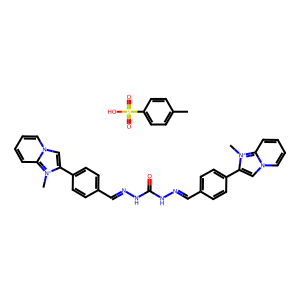
SMILES: C[n+]1c(-c2ccc(C=NNC(=O)NN=Cc3ccc(-c4cn5ccccc5[n+]4C)cc3)cc2)cn2ccccc21.Cc1ccc(S(=O)(=O)O)cc1
Inhibits HIV replication: Yes